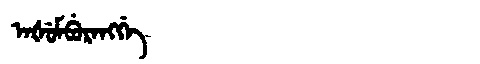
Manchu: ᠠᡧᡠᠮᠪᡠᡵᠠᠩᡤᡝ
Romanization: AŠUMBURANGGE